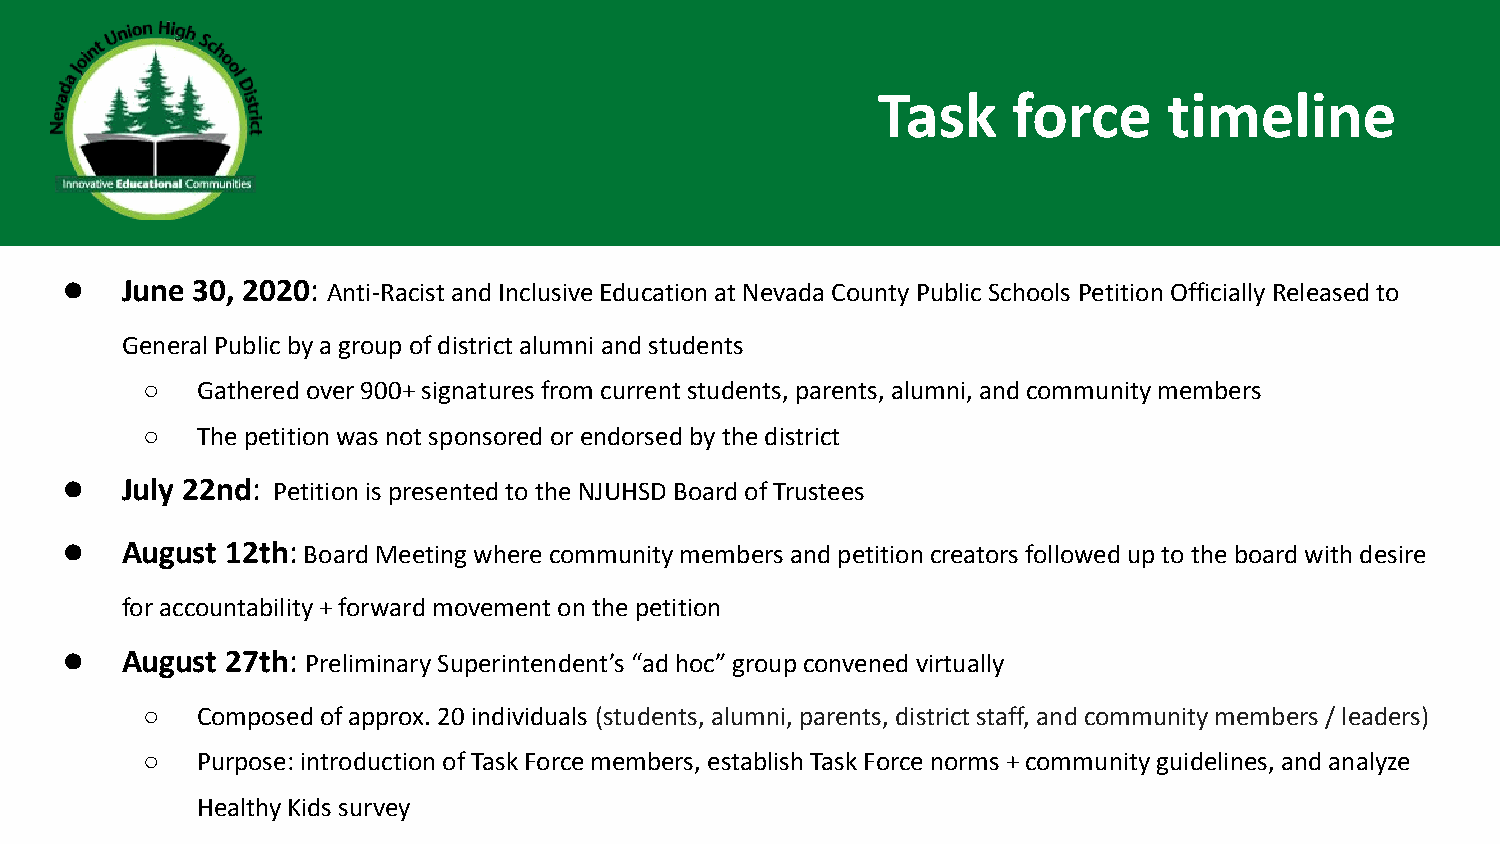
Task     force     timeline
 ●   June 30, 2020: Anti-Racist and Inclusive Education at Nevada County Public Schools Petition Officially Released to
 General Public by a group of district alumni and students
 ○   Gathered over 900+ signatures from current students, parents, alumni, and community members
 ○   The petition was not sponsored or endorsed by the district
 ●   July 22nd: Petition is presented to the NJUHSD Board of Trustees
 ●   August 12th: Board Meeting where community members and petition creators followed up to the board with desire
 for accountability + forward movement on the petition
 ●   August 27th: Preliminary Superintendent’s “ad hoc” group convened virtually
 ○   Composed of approx. 20 individuals (students, alumni, parents, district staff, and community members / leaders)
 ○   Purpose: introduction of Task Force members, establish Task Force norms + community guidelines, and analyze
 Healthy Kids survey